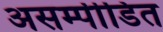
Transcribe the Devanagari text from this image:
असम्पीडित